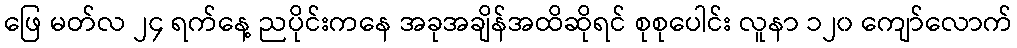
ဖြေ မတ်လ ၂၄ ရက်နေ့ ညပိုင်းကနေ အခုအချိန်အထိဆိုရင် စုစုပေါင်း လူနာ ၁၂၀ ကျော်လောက်